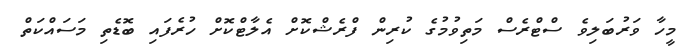
މީހާ ވަރުބަލިވެ ސްޓްރެސް މަތިވުމުގެ ކުރިން ފްރެޝްކޮށް އެލާޓްކޮށް ހުރެފައި ބޮޑެތި މަސައްކަތް